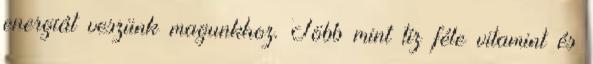
energiát veszünk magunkhoz. Több mint tíz féle vitamint és